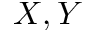
X , Y